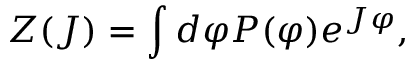
Z ( J ) = \int d \varphi P ( \varphi ) e ^ { J \varphi } ,